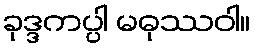
ခုဒ္ဒကပ္ပါ မဓုဿဝါ။